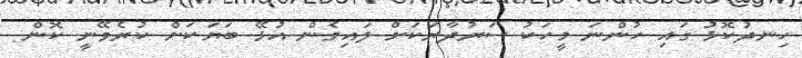
ހިނދުކޮޅު ގައި ހުންނަ މީހަކު ސަރުދާރަކަށް ލައިގެން އުޅޭ ބަޔަކަށް ކުރެވޭނީ ކޮން